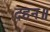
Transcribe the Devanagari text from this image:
दहन॥